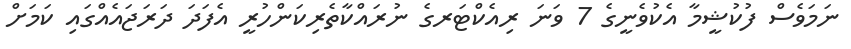
ނަމަވެސް ފުކުޝީމާ އެކުވެނީގެ 7 ވަނަ ރިއެކްޓަރގެ ނުރައްކާތެރިކަންހުރީ އެފަދަ ދަރަޖައެއްގައި ކަމަށް